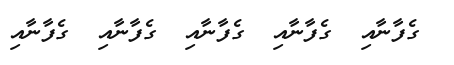
ގެފާނާއި  ގެފާނާއި  ގެފާނާއި  ގެފާނާއި  ގެފާނާއި